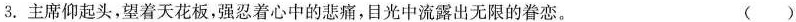
3.主席仰起头，望着天花板，强忍着心中的悲痛，目光中流露出无限的眷恋。 ( )